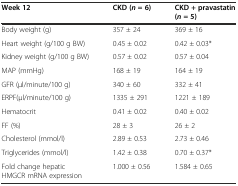
<table><thead><tr><td><b>Week 12</b></td><td><b>CKD (<i>n</i>= 6)</b></td><td><b>CKD + pravastatin (<i>n</i>= 5)</b></td></tr></thead><tbody><tr><td>Body weight (g)</td><td>357 ± 24</td><td>369 ± 16</td></tr><tr><td>Heart weight (g/100 g BW)</td><td>0.45 ± 0.02</td><td>0.42 ± 0.03*</td></tr><tr><td>Kidney weight (g/100 g BW)</td><td>0.57 ± 0.02</td><td>0.57 ± 0.04</td></tr><tr><td>MAP (mmHg)</td><td>168 ± 19</td><td>164 ± 19</td></tr><tr><td>GFR (μl/minute/100 g)</td><td>340 ± 60</td><td>332 ± 41</td></tr><tr><td>ERPF(μl/minute/100 g)</td><td>1335 ± 291</td><td>1221 ± 189</td></tr><tr><td>Hematocrit</td><td>0.41 ± 0.02</td><td>0.40 ± 0.02</td></tr><tr><td>FF (%)</td><td>28 ± 3</td><td>26 ± 2</td></tr><tr><td>Cholesterol (mmol/l)</td><td>2.89 ± 0.53</td><td>2.73 ± 0.46</td></tr><tr><td>Triglycerides (mmol/l)</td><td>1.42 ± 0.38</td><td>0.70 ± 0.37*</td></tr><tr><td>Fold change hepatic HMGCR mRNA expression</td><td>1.000 ± 0.56</td><td>1.584 ± 0.65</td></tr></tbody></table>